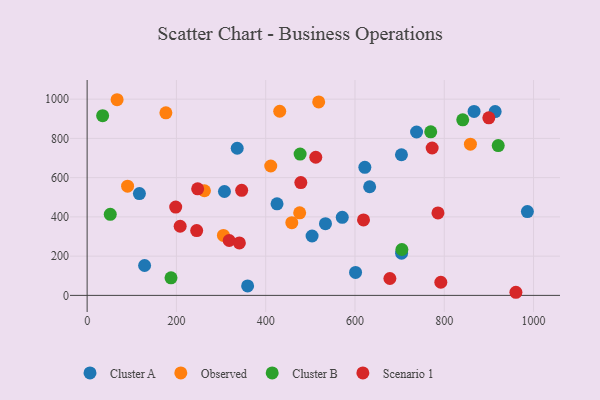
{"axis": {"x": "Investment", "y": "Sales"}, "legend": ["Cluster A", "Cluster B", "Observed", "Scenario 1"], "data": [{"x": "704.4", "y": 215.3, "type": "Cluster A"}, {"x": "622.1", "y": 652.5, "type": "Cluster A"}, {"x": "307.6", "y": 529.4, "type": "Cluster A"}, {"x": "914.0", "y": 936.7, "type": "Cluster A"}, {"x": "533.9", "y": 365.3, "type": "Cluster A"}, {"x": "704.1", "y": 716.6, "type": "Cluster A"}, {"x": "336.2", "y": 749.7, "type": "Cluster A"}, {"x": "632.9", "y": 553.6, "type": "Cluster A"}, {"x": "128.7", "y": 152.3, "type": "Cluster A"}, {"x": "117.1", "y": 518.7, "type": "Cluster A"}, {"x": "601.3", "y": 117.1, "type": "Cluster A"}, {"x": "359.5", "y": 48.3, "type": "Cluster A"}, {"x": "425.4", "y": 466.8, "type": "Cluster A"}, {"x": "571.5", "y": 397.7, "type": "Cluster A"}, {"x": "986.2", "y": 427.1, "type": "Cluster A"}, {"x": "738.0", "y": 832.5, "type": "Cluster A"}, {"x": "866.8", "y": 937.4, "type": "Cluster A"}, {"x": "503.9", "y": 302.5, "type": "Cluster A"}, {"x": "458.5", "y": 370.5, "type": "Observed"}, {"x": "858.6", "y": 770.6, "type": "Observed"}, {"x": "262.8", "y": 533.1, "type": "Observed"}, {"x": "67.1", "y": 997.1, "type": "Observed"}, {"x": "518.7", "y": 986.1, "type": "Observed"}, {"x": "411.3", "y": 659.4, "type": "Observed"}, {"x": "305.3", "y": 305.4, "type": "Observed"}, {"x": "431.4", "y": 938.4, "type": "Observed"}, {"x": "176.4", "y": 930.1, "type": "Observed"}, {"x": "476.1", "y": 420.9, "type": "Observed"}, {"x": "90.6", "y": 556.5, "type": "Observed"}, {"x": "187.9", "y": 89.4, "type": "Cluster B"}, {"x": "769.7", "y": 833.3, "type": "Cluster B"}, {"x": "705.1", "y": 233.7, "type": "Cluster B"}, {"x": "34.7", "y": 915.8, "type": "Cluster B"}, {"x": "477.1", "y": 720.3, "type": "Cluster B"}, {"x": "841.4", "y": 894.7, "type": "Cluster B"}, {"x": "51.8", "y": 412.9, "type": "Cluster B"}, {"x": "920.9", "y": 763.4, "type": "Cluster B"}, {"x": "478.7", "y": 574.7, "type": "Scenario 1"}, {"x": "318.2", "y": 279.6, "type": "Scenario 1"}, {"x": "198.4", "y": 449.9, "type": "Scenario 1"}, {"x": "899.8", "y": 904.8, "type": "Scenario 1"}, {"x": "247.6", "y": 543.2, "type": "Scenario 1"}, {"x": "792.3", "y": 67.0, "type": "Scenario 1"}, {"x": "512.2", "y": 704.0, "type": "Scenario 1"}, {"x": "341.0", "y": 267.5, "type": "Scenario 1"}, {"x": "619.1", "y": 384.7, "type": "Scenario 1"}, {"x": "245.4", "y": 330.1, "type": "Scenario 1"}, {"x": "208.4", "y": 352.4, "type": "Scenario 1"}, {"x": "678.2", "y": 86.1, "type": "Scenario 1"}, {"x": "346.2", "y": 535.4, "type": "Scenario 1"}, {"x": "772.9", "y": 751.2, "type": "Scenario 1"}, {"x": "960.5", "y": 15.8, "type": "Scenario 1"}, {"x": "785.9", "y": 420.2, "type": "Scenario 1"}]}